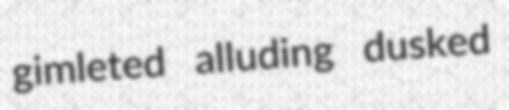
gimleted alluding dusked